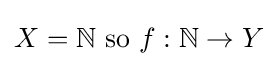
X=\mathbb {N} {\text{ so }}f:\mathbb {N} \to Y